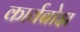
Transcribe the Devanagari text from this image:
कार्यबोझ